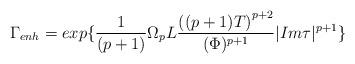
LaTeX: \begin{align*}{\Gamma}_{enh}=exp\{\frac{1}{(p+1)}{\Omega}_{p}L\frac{ {\left ((p+1)T \right )}^{p+2}}{({\Phi})^{p+1}}|Im{\tau}|^{p+1}\}\end{align*}